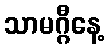
သာမဂ္ဂီနေ့